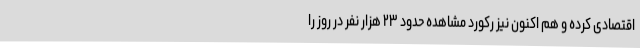
اقتصادی کرده و هم اکنون نیز رکورد مشاهده حدود ۲۳ هزار نفر در روز را